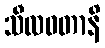
သီလဝတာနိ